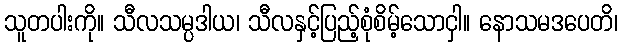
သူတပါးကို။ သီလသမ္ပဒါယ၊ သီလနှင့်ပြည့်စုံစိမ့်သောငှါ။ နောသမဒပေတိ၊